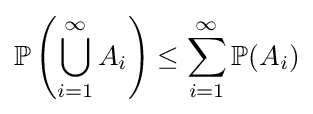
{\mathbb {P} }\left(\bigcup _{i=1}^{\infty }A_{i}\right)\leq \sum _{i=1}^{\infty }{\mathbb {P} }(A_{i})